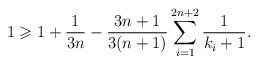
LaTeX: \begin{align*}1\geqslant 1+\dfrac{1}{3n}-\dfrac{3n+1}{3(n+1)}\sum_{i=1}^{2n+2}\dfrac{1}{k_i+1}.\end{align*}